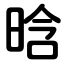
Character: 晗